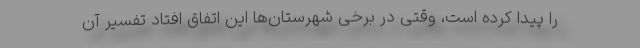
را پیدا کرده است، وقتی در برخی شهرستان‌ها این اتفاق افتاد تفسیر آن